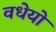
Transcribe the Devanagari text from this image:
वधेयो